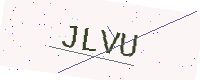
Text: JLVU